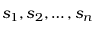
s _ { 1 } , s _ { 2 } , \ldots , s _ { n }